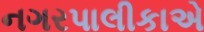
નગરપાલીકાએ